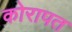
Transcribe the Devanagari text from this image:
कोरापत